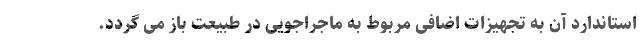
استاندارد آن به تجهیزات اضافی مربوط به ماجراجویی در طبیعت باز می گردد.